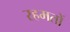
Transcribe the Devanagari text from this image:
रहमतों